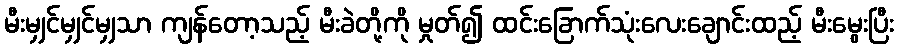
မီးမျှင်မျှင်မျှသာ ကျန်တော့သည့် မီးခဲတို့ကို မှုတ်၍ ထင်းခြောက်သုံးလေးချောင်းထည့် မီးမွေးပြီး